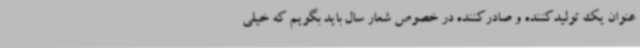
‌عنوان یک تولیدکننده و صادرکننده در خصوص شعار سال باید بگویم که خیلی